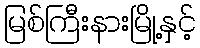
မြစ်ကြီးနားမြို့နှင့်